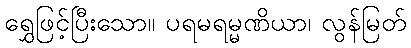
ရွှေဖြင့်ပြီးသော။ ပရမရမ္မဏိယာ၊ လွန်မြတ်